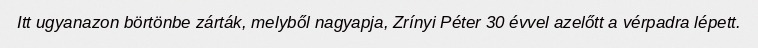
Itt ugyanazon börtönbe zárták, melyből nagyapja, Zrínyi Péter 30 évvel azelőtt a vérpadra lépett.